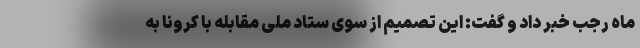
ماه رجب خبر داد و گفت: این تصمیم از سوی ستاد ملی مقابله با کرونا به